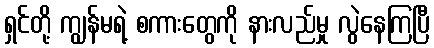
ရှင်တို့ ကျွန်မရဲ့ စကားတွေကို နားလည်မှု လွဲနေကြပြီ